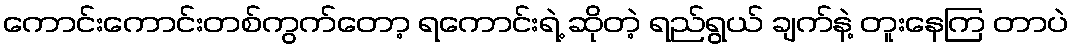
ကောင်းကောင်းတစ်ကွက်တော့ ရကောင်းရဲ့ ဆိုတဲ့ ရည်ရွယ် ချက်နဲ့ တူးနေကြ တာပဲ